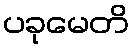
ပခုမေတိ